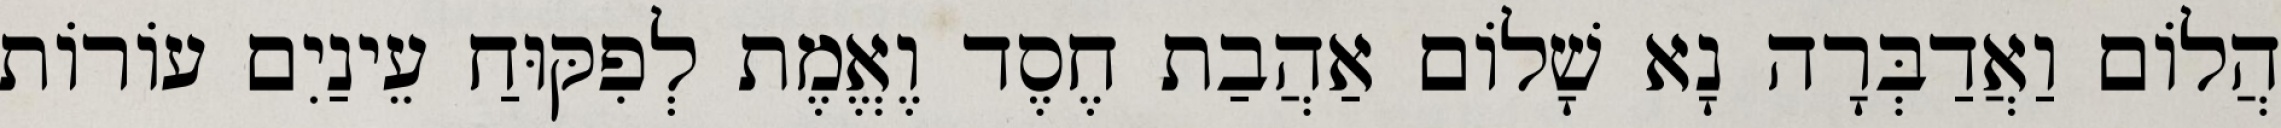
הֲלוֹם וַאֲדַבְּרָה נָא שָׁלוֹם אַהֲבַת חֶסֶד וֶאֱמֶת לְפִקּוּחַ עֵינַיִם עוֹרוֹת